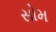
સોમ